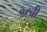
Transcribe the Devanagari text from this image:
१८बी